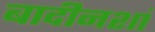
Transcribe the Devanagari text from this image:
बादीनशां